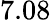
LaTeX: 7.08